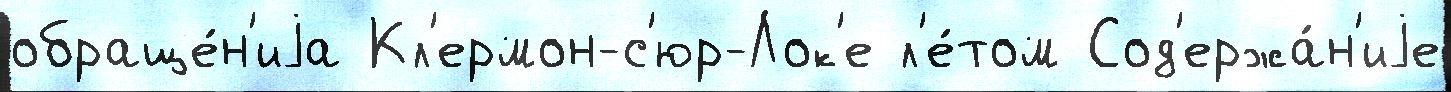
обраще́н'иjа Кл'ермон-с'юр-Лок'е л'е́том Сод'ержа́н'иjе